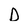
Character: D